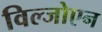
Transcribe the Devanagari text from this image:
विल्जोएन